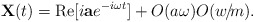
\begin{align*} {\bf X}(t)={\rm Re}[i{\bf a}e^{-i\omega t}] + O(a\omega)O(w\!/\!m).\end{align*}